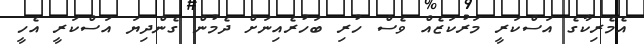
އެމެރިކާގެ އަސްކަރީ މަރުކަޒެއް ވެސް ހުރި ބަހުރެއިނަށް ދެމުން ގެންދިޔަ އަސްކަރީ އެހީ